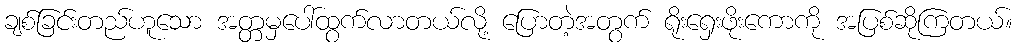
ချစ်ခြင်းတည်ဟူသော အတ္တမှပေါ်ထွက်လာတယ်လို့ ပြောတဲ့အတွက် ရိုးရှေးဖိုးကောကို အပြစ်ဆိုကြတယ်။